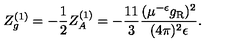
Z _ { g } ^ { ( 1 ) } = - \frac 1 2 Z _ { A } ^ { ( 1 ) } = - \frac { 1 1 } 3 \frac { ( \mu ^ { - \epsilon } g _ { \mathrm { R } } ) ^ { 2 } } { ( 4 \pi ) ^ { 2 } \epsilon } .